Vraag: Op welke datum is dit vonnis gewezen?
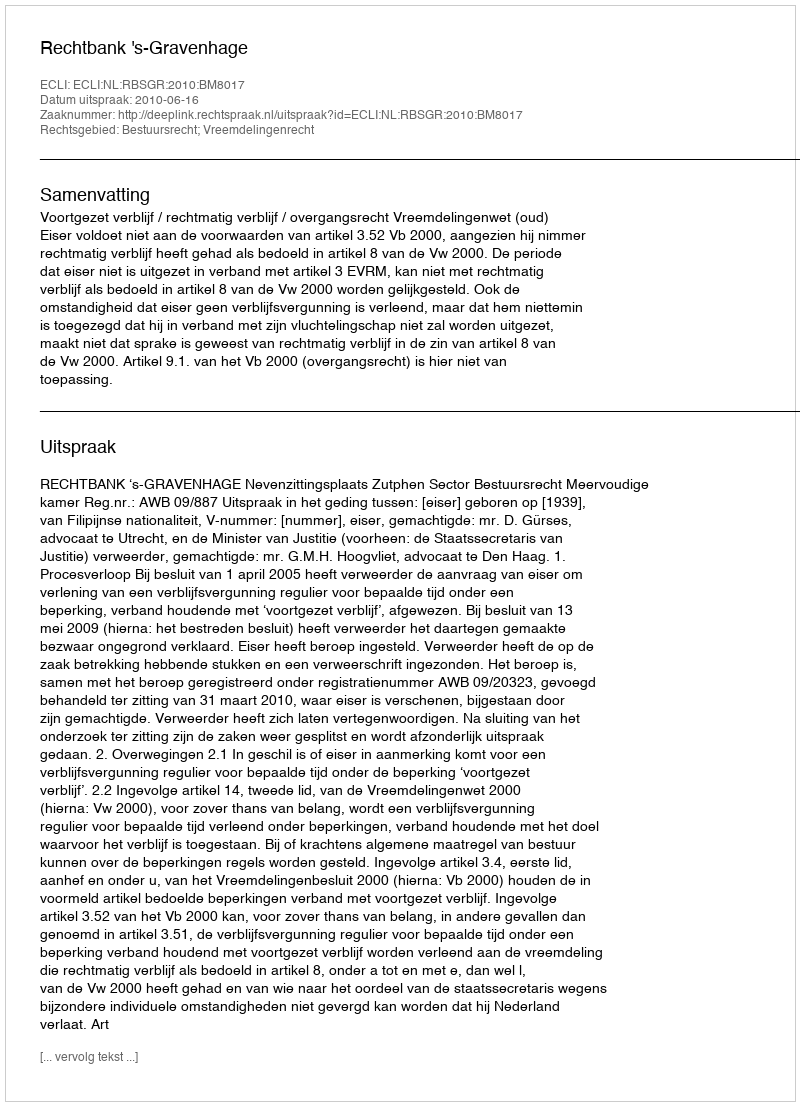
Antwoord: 2010-06-16